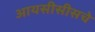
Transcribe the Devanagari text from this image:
आयसीसीसचे